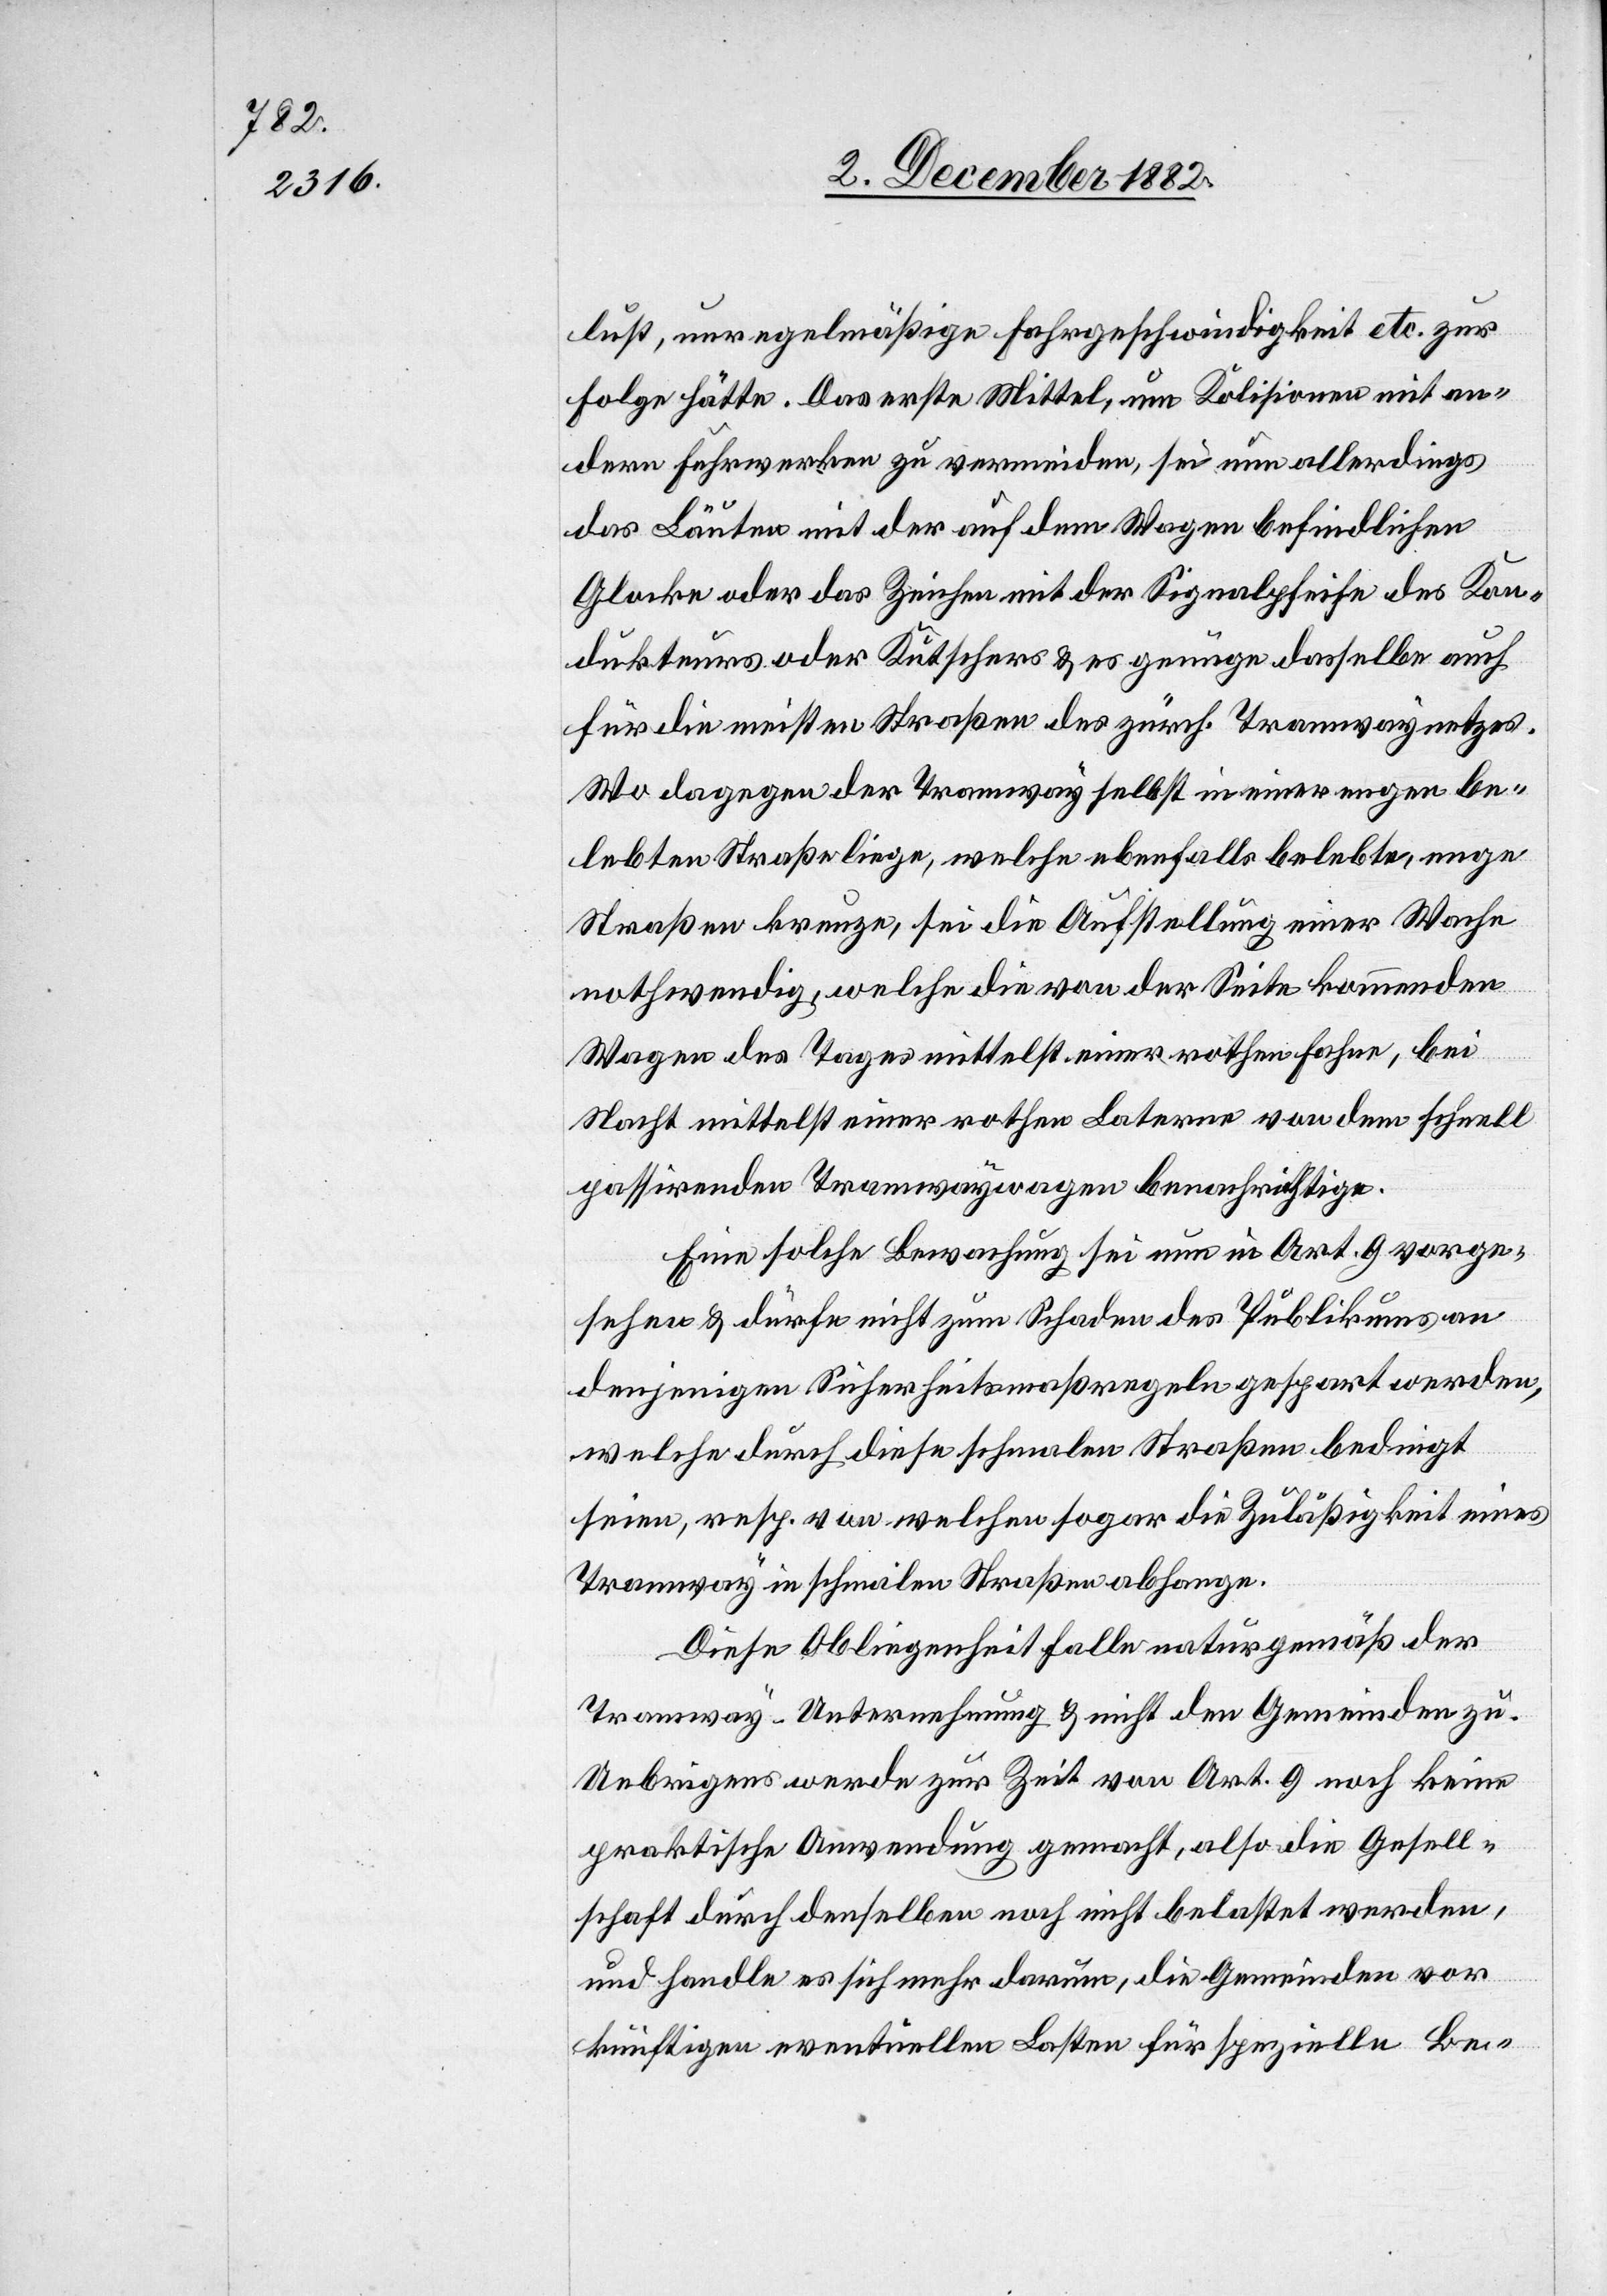
lust, unregelmäßige Fahrgeschwindigkeit etc. zur
Folge hätte. Das erste Mittel, um Kolisionen mit an¬
dern Fuhrwerken zu vermeiden, sei nun allerdings
das Läuten mit der auf dem Wagen befindlichen
Glocke oder das Zeichen mit der Signalpfeife des Kon¬
dukteurs oder Kutschers & es genüge dasselbe auch
für die meisten Straßen des zürch. Tramwaynetzes.
Wo dagegen der Tramway selbst in einer engen be¬
lebten Straße liege, welche ebenfalls belebte, enge
Straßen kreuze, sei die Aufstellung einer Wache
nothwendig, welche die von der Seite kommenden
Wagen des Tages mittelst einer rothen Fahne, bei
Nacht mittelst einer rothen Laterne von dem schnell
passierenden Tramwaywagen benachrichtige.
Eine solche Bewachung sei nun in Art. 9 vorge¬
sehen & dürfe nicht zum Schaden des Publikums an
denjenigen Sicherheitsmaßregeln gespart werden,
welche durch diese schmalen Straßen bedingt
seien, resp. von welchen sogar die Zuläßigkeit eines
Tramway in schmalen Straßen abhange.
Diese Obliegenheit falle naturgemäß der
Tramway-Unternehmung & nicht den Gemeinden zu.
Uebrigens werde zur Zeit von Art. 9 noch keine
praktische Anwendung gemacht, also die Gesell¬
schaft durch denselben noch nicht belastet werden,
und handle es sich mehr darum, die Gemeinden vor
künftigen eventuellen Lasten für spezielle Be-